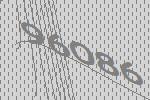
96086